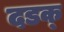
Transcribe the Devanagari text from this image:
दडक्